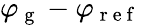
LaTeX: \varphi_{\mathrm{~g~}}-\varphi_{\mathrm{~r~e~f~}}